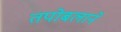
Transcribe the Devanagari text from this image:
तपोबलाने